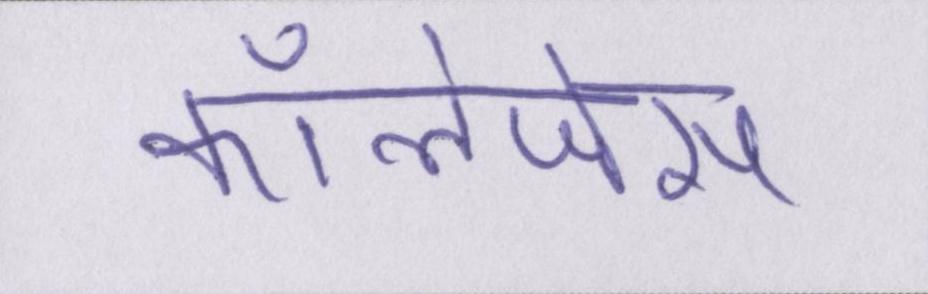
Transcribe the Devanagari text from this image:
कॉलेजेस